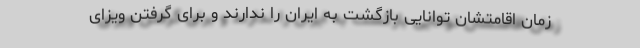
زمان اقامتشان توانایی بازگشت به ایران را ندارند و برای گرفتن ویزای